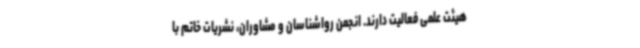
هیئت علمی فعالیت دارند. انجمن رواشناسان و مشاوران، نشریات خاتم با